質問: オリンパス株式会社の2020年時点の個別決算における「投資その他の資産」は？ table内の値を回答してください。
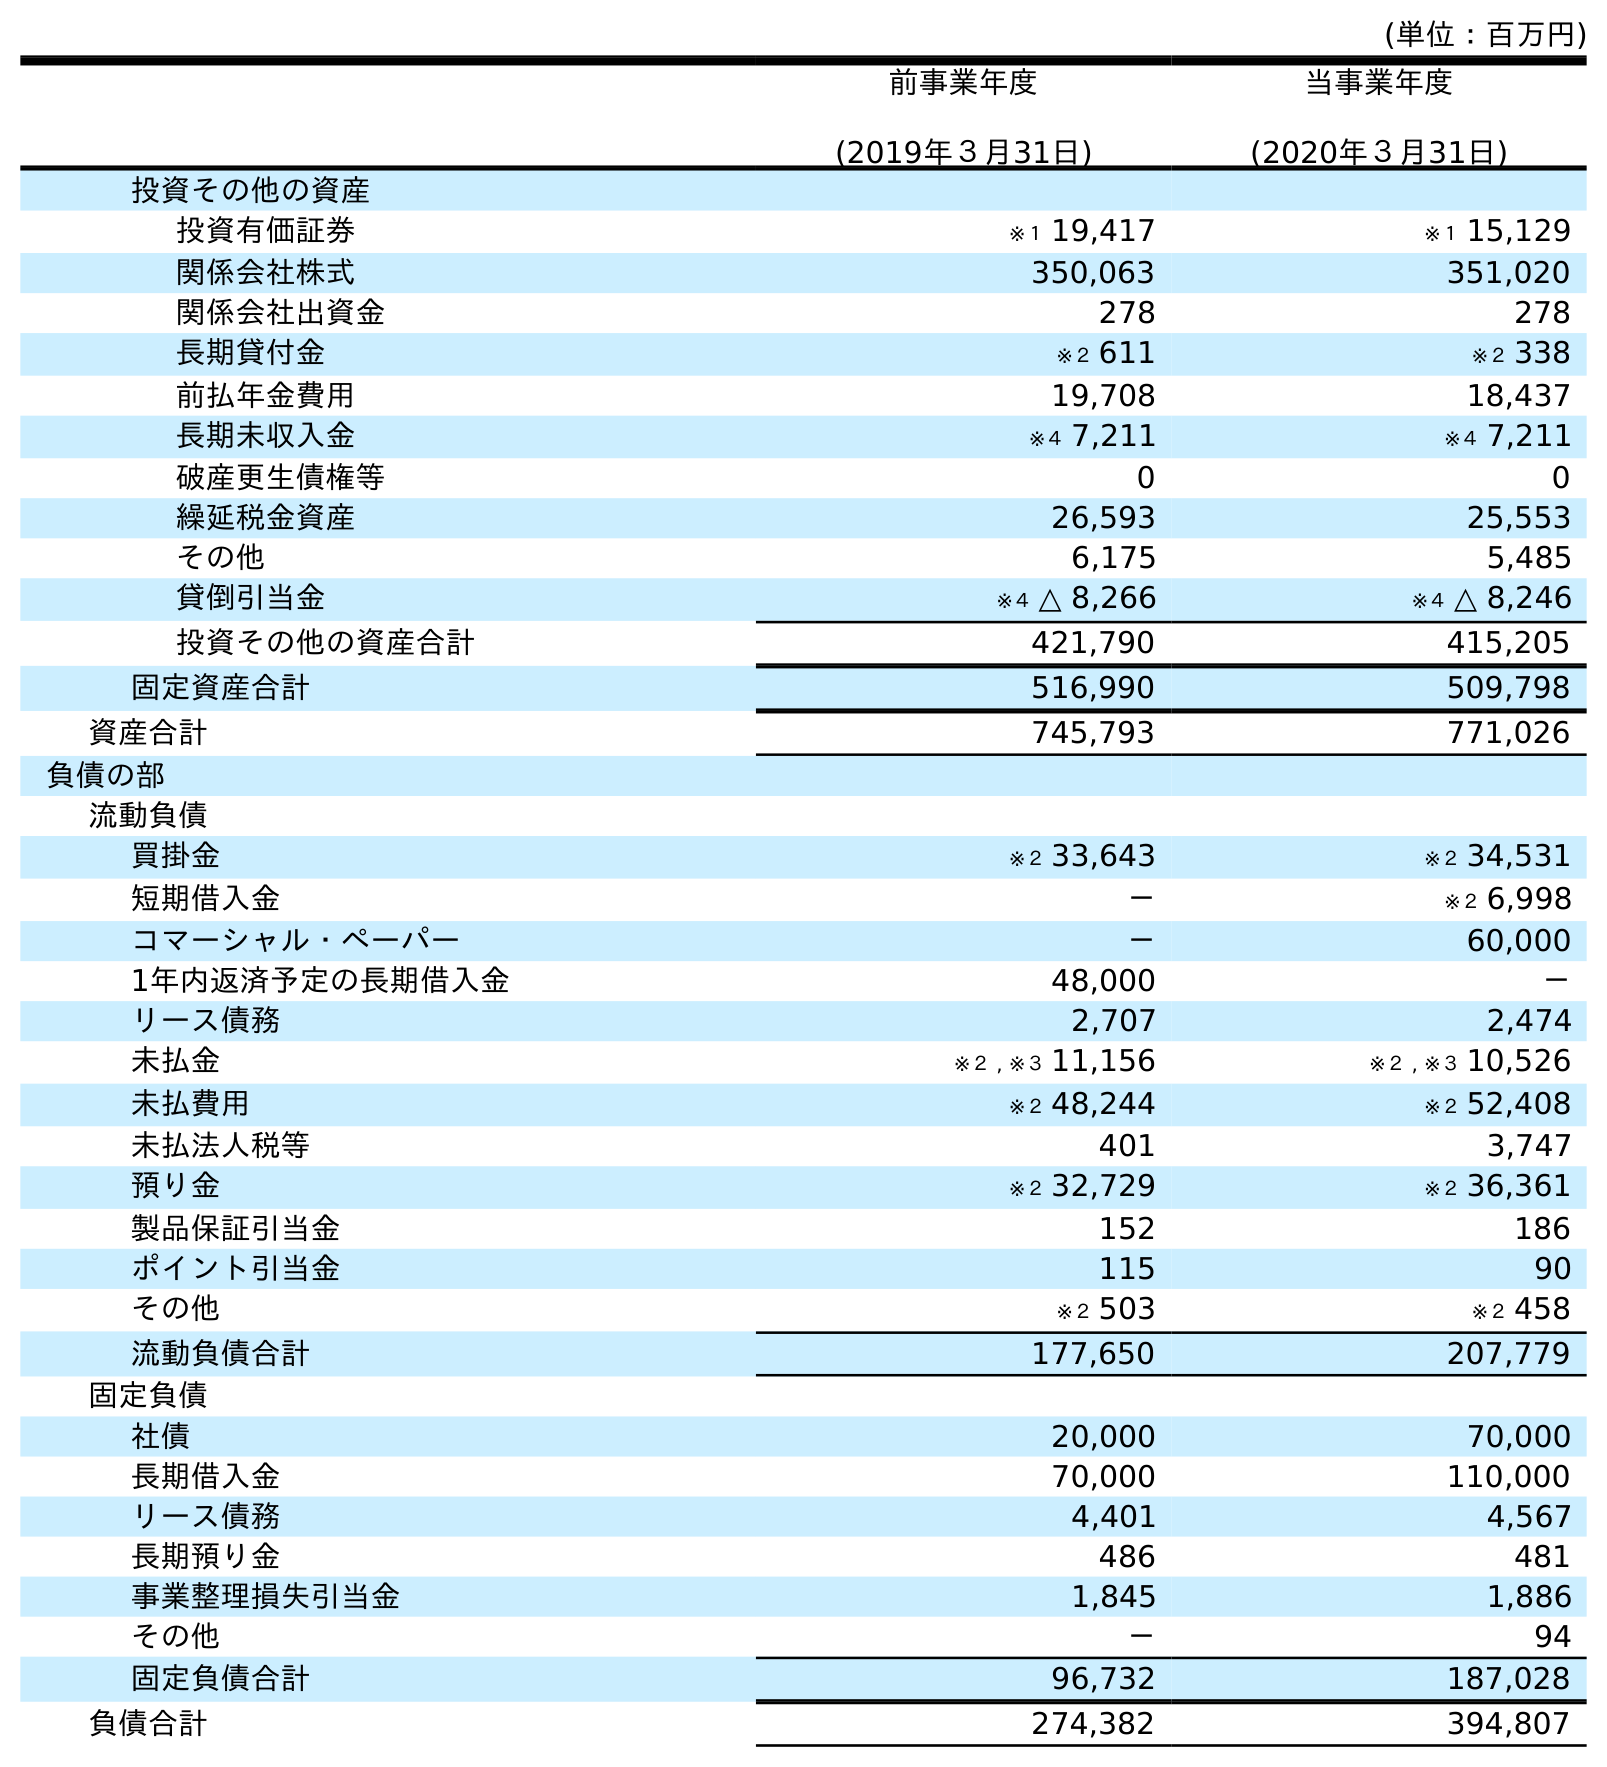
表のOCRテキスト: (単位：百万円) 前事業年度 (2019年３月31日) 当事業年度 (2020年３月31日) 投資その他の資産 投資有価証券 ※１ 19,417 ※１ 15,129 関係会社株式 350,063 351,020 関係会社出資金 278 278 長期貸付金 ※２ 611 ※２ 338 前払年金費用 19,708 18,437 長期未収入金 ※４ 7,211 ※４ 7,211 破産更生債権等 0 0 繰延税金資産 26,593 25,553 その他 6,175 5,485 貸倒引当金 ※４ △ 8,266 ※４ △ 8,246 投資その他の資産合計 421,790 415,205 固定資産合計 516,990 509,798 資産合計 745,793 771,026 負債の部 流動負債 買掛金 ※２ 33,643 ※２ 34,531 短期借入金 － ※２ 6,998 コマーシャル・ペーパー － 60,000 1年内返済予定の長期借入金 48,000 － リース債務 2,707 2,474 未払金 ※２ , ※３ 11,156 ※２ , ※３ 10,526 未払費用 ※２ 48,244 ※２ 52,408 未払法人税等 401 3,747 預り金 ※２ 32,729 ※２ 36,361 製品保証引当金 152 186 ポイント引当金 115 90 その他 ※２ 503 ※２ 458 流動負債合計 177,650 207,779 固定負債 社債 20,000 70,000 長期借入金 70,000 110,000 リース債務 4,401 4,567 長期預り金 486 481 事業整理損失引当金 1,845 1,886 その他 － 94 固定負債合計 96,732 187,028 負債合計 274,382 394,807
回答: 415,205